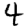
Digit: 4